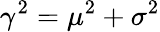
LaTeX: \gamma^{2}=\mu^{2}+\sigma^{2}